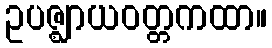
ဥပဇ္ဈာယဝတ္တကထာ။